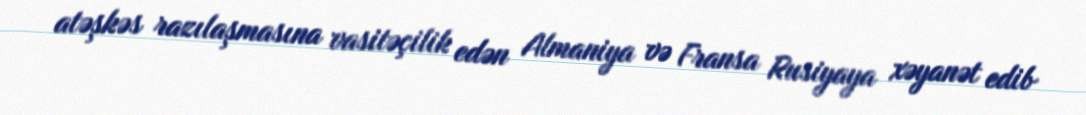
atəşkəs razılaşmasına vasitəçilik edən Almaniya və Fransa Rusiyaya xəyanət edib